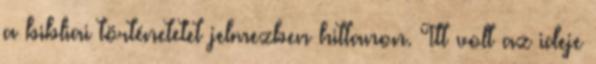
a bibliai történetetet jelmezben hittanon. Itt volt az ideje